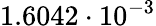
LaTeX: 1.6042\cdot 10^{-3}